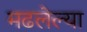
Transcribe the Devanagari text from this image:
मढलेल्या